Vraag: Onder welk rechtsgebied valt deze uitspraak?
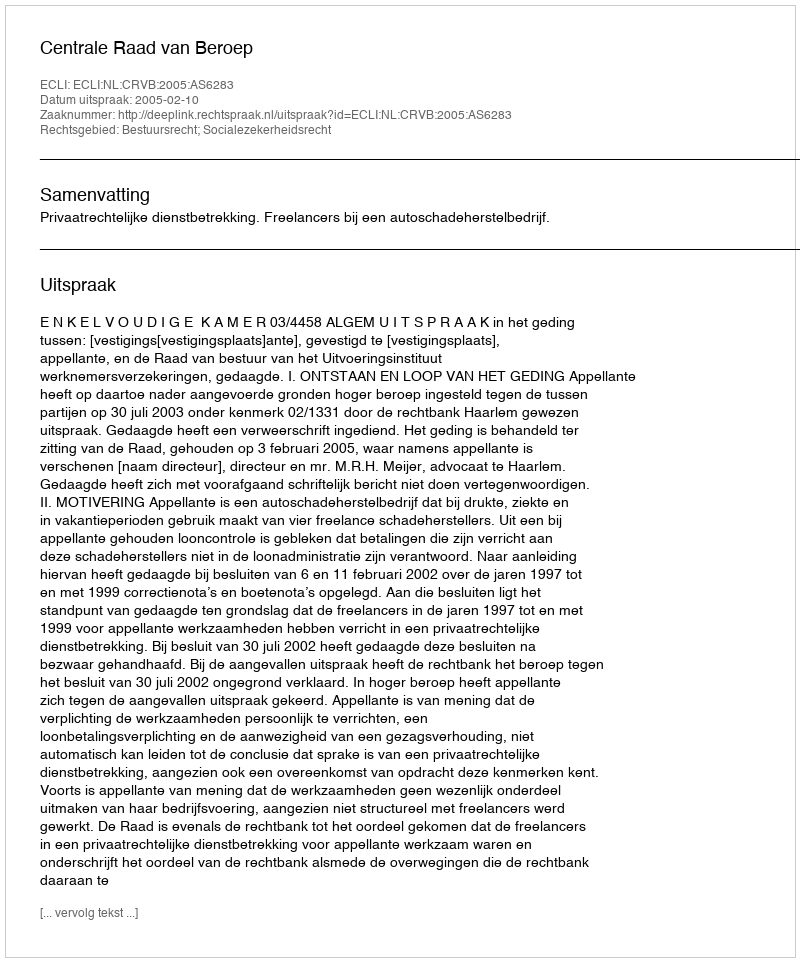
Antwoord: Bestuursrecht; Socialezekerheidsrecht